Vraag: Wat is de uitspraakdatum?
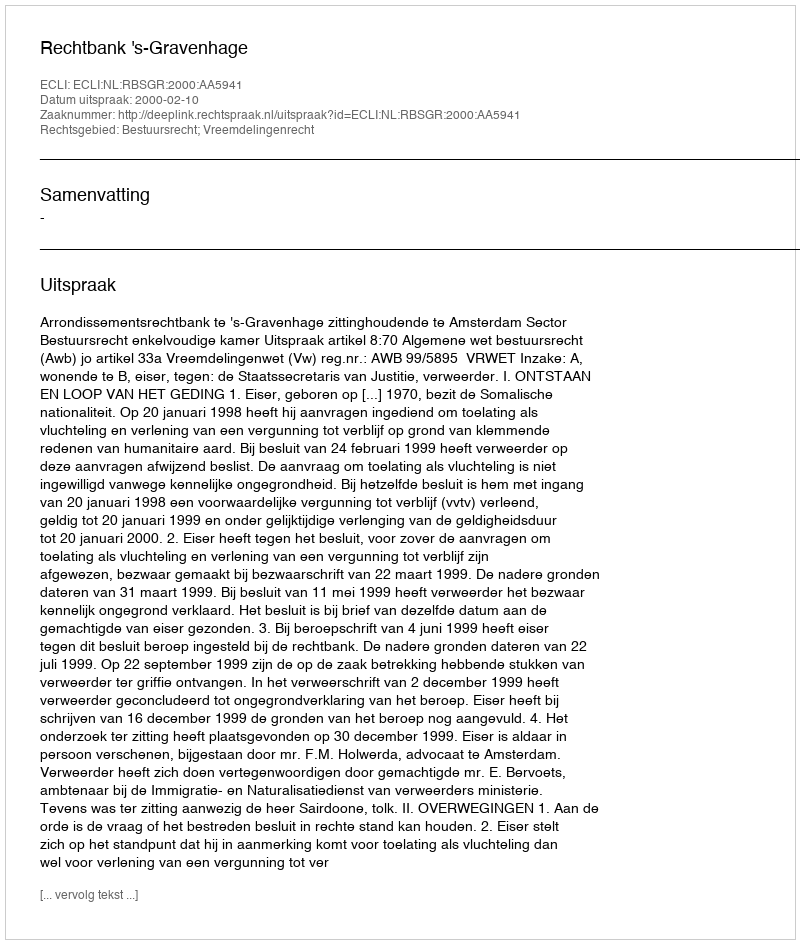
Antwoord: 2000-02-10